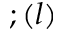
; ( l )